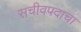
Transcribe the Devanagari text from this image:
सचीवपदाचा